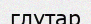
глутар